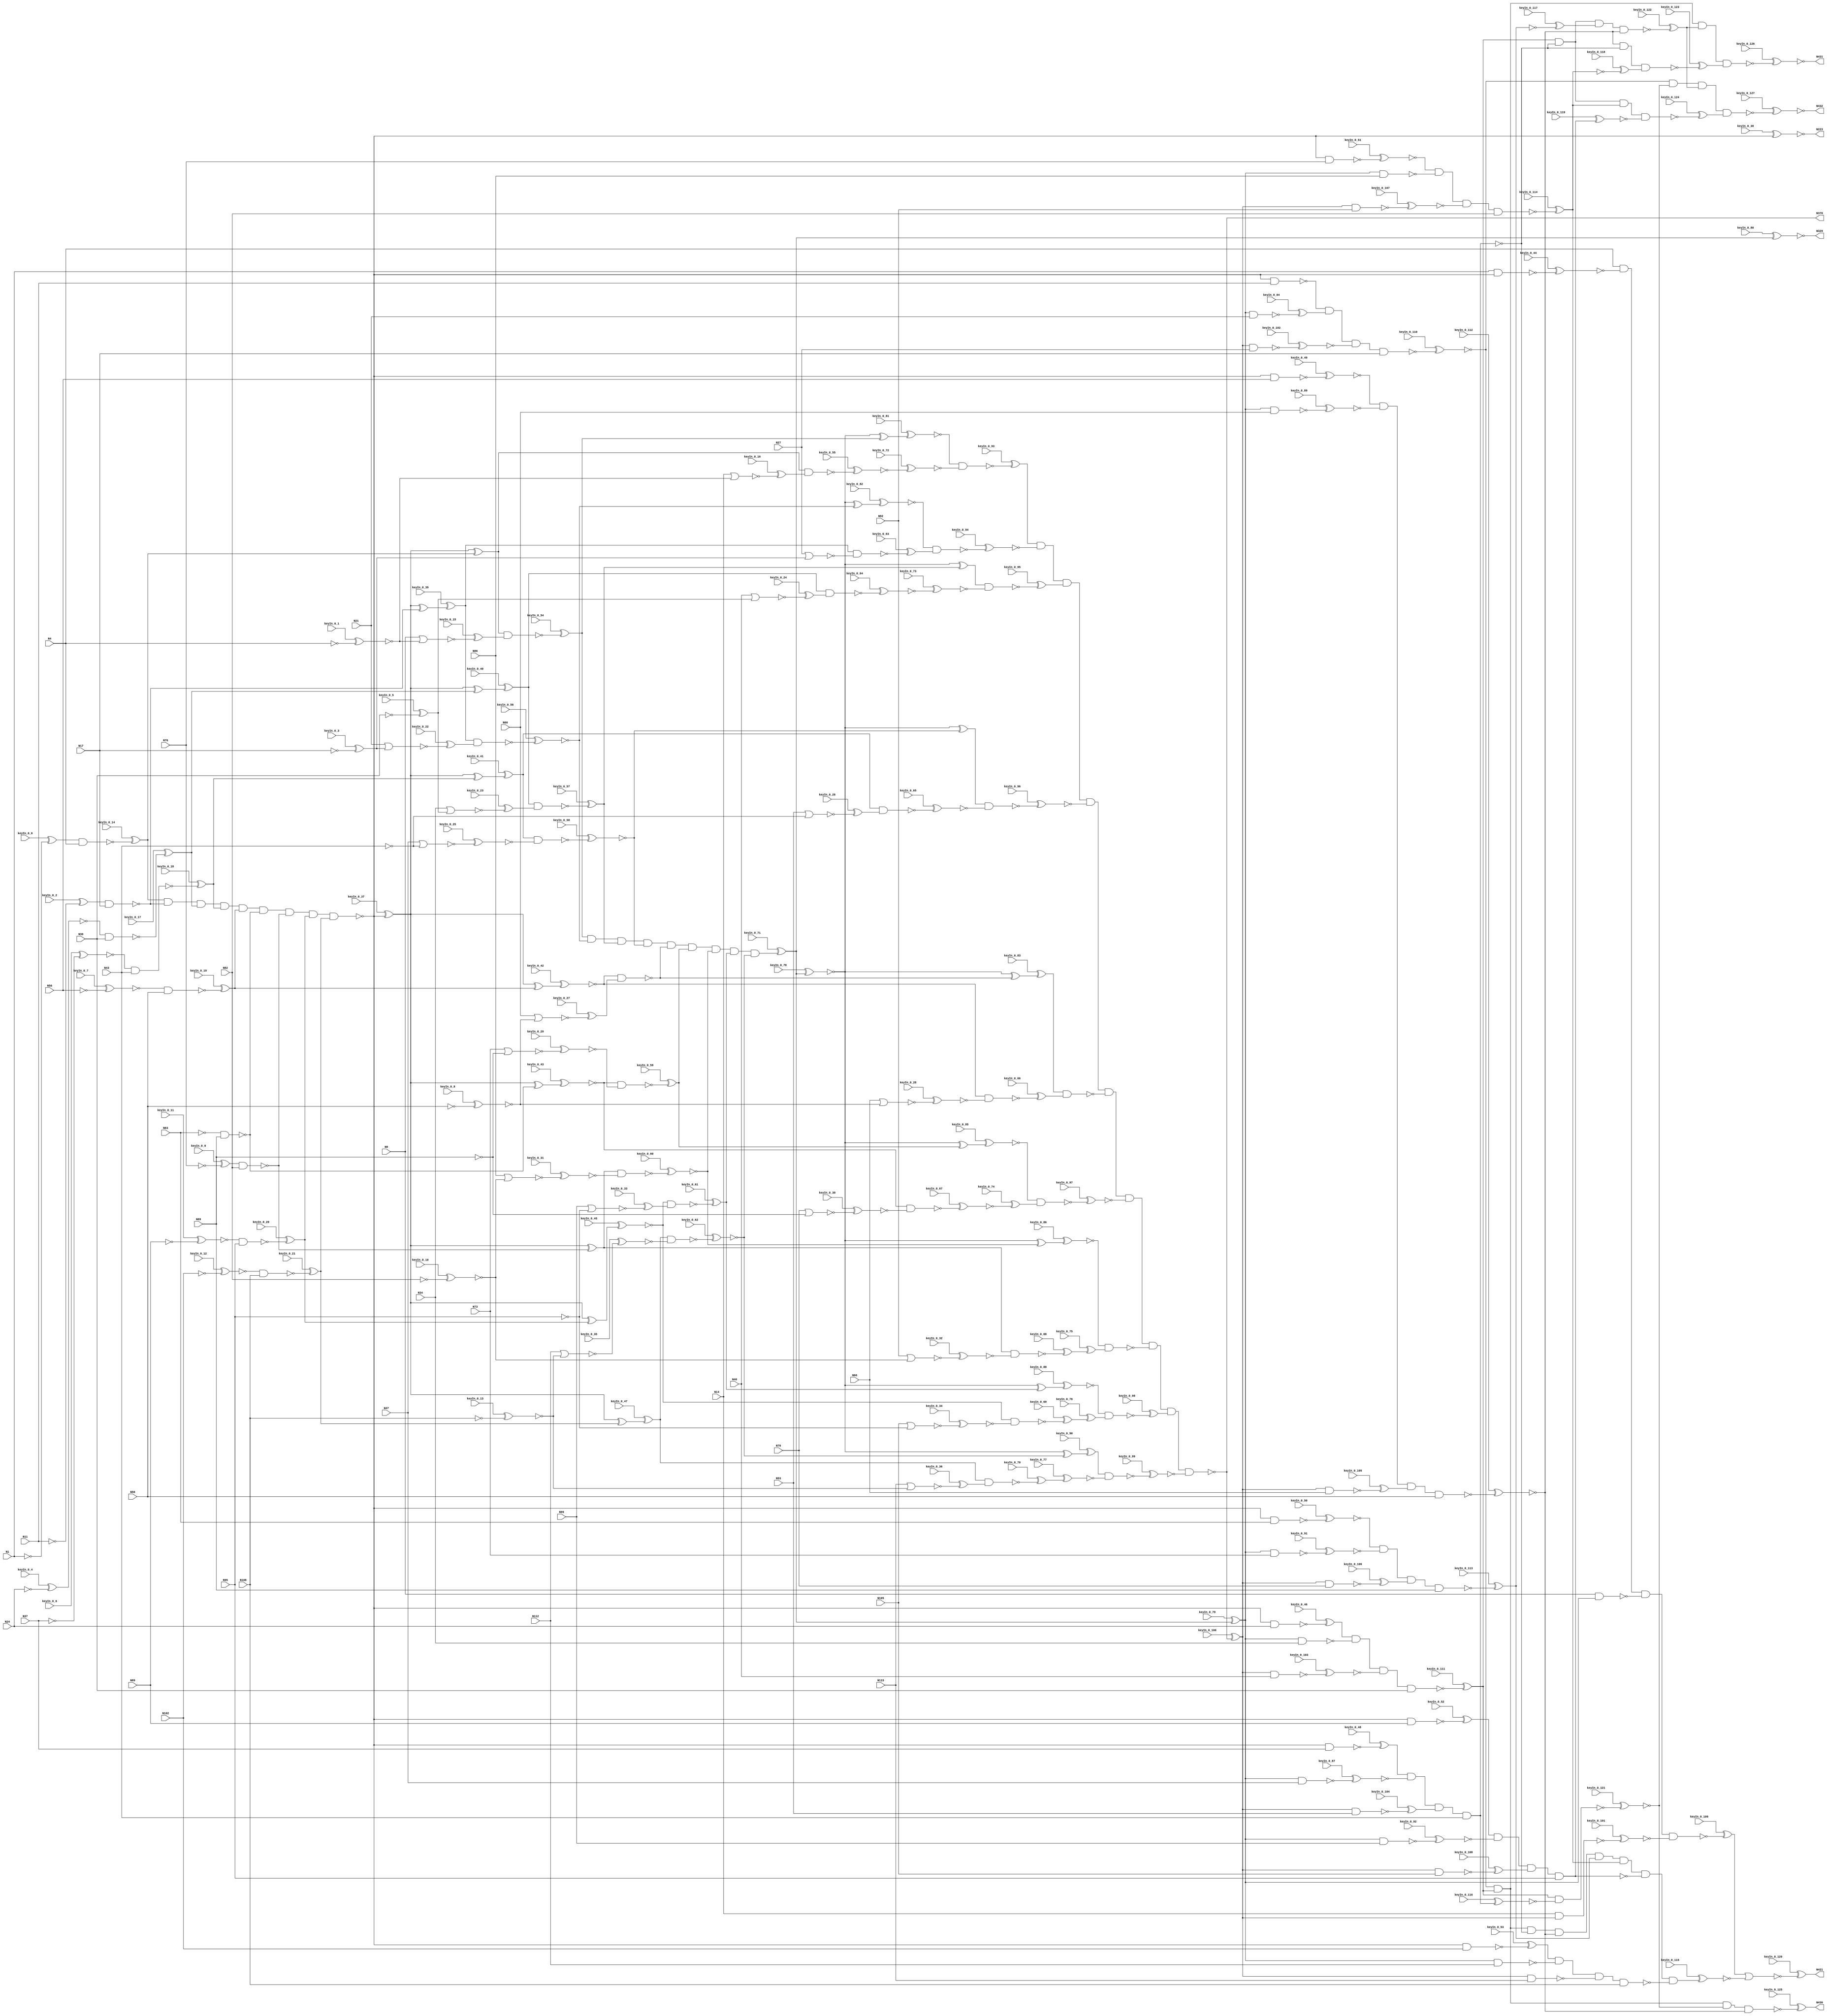
`timescale 1ns / 1ps
// Verilog
// c432
// Ninputs 36
// Noutputs 7
// NtotalGates 160
// NOT1 40
// NAND2 64
// NOR2 19
// AND9 3
// XOR2 18
// NAND4 14
// AND8 1
// NAND3 1

module top (N1,N4,N8,N11,N14,N17,N21,N24,N27,N30,
             N34,N37,N40,N43,N47,N50,N53,N56,N60,N63,
             N66,N69,N73,N76,N79,N82,N86,N89,N92,N95,
             N99,N102,N105,N108,N112,N115,N223,N329,N370,N421,
                  N430,N431,N432,
        keyIn_0_0, keyIn_0_1, keyIn_0_2, keyIn_0_3, keyIn_0_4,
        keyIn_0_5, keyIn_0_6, keyIn_0_7, keyIn_0_8, keyIn_0_9,
        keyIn_0_10, keyIn_0_11, keyIn_0_12, keyIn_0_13, keyIn_0_14,
        keyIn_0_15, keyIn_0_16, keyIn_0_17, keyIn_0_18, keyIn_0_19,
        keyIn_0_20, keyIn_0_21, keyIn_0_22, keyIn_0_23, keyIn_0_24,
        keyIn_0_25, keyIn_0_26, keyIn_0_27, keyIn_0_28, keyIn_0_29,
        keyIn_0_30, keyIn_0_31, keyIn_0_32, keyIn_0_33, keyIn_0_34,
        keyIn_0_35, keyIn_0_36, keyIn_0_37, keyIn_0_38, keyIn_0_39,
        keyIn_0_40, keyIn_0_41, keyIn_0_42, keyIn_0_43, keyIn_0_44,
        keyIn_0_45, keyIn_0_46, keyIn_0_47, keyIn_0_48, keyIn_0_49,
        keyIn_0_50, keyIn_0_51, keyIn_0_52, keyIn_0_53, keyIn_0_54,
        keyIn_0_55, keyIn_0_56, keyIn_0_57, keyIn_0_58, keyIn_0_59,
        keyIn_0_60, keyIn_0_61, keyIn_0_62, keyIn_0_63, keyIn_0_64,
        keyIn_0_65, keyIn_0_66, keyIn_0_67, keyIn_0_68, keyIn_0_69,
        keyIn_0_70, keyIn_0_71, keyIn_0_72, keyIn_0_73, keyIn_0_74,
        keyIn_0_75, keyIn_0_76, keyIn_0_77, keyIn_0_78, keyIn_0_79,
        keyIn_0_80, keyIn_0_81, keyIn_0_82, keyIn_0_83, keyIn_0_84,
        keyIn_0_85, keyIn_0_86, keyIn_0_87, keyIn_0_88, keyIn_0_89,
        keyIn_0_90, keyIn_0_91, keyIn_0_92, keyIn_0_93, keyIn_0_94,
        keyIn_0_95, keyIn_0_96, keyIn_0_97, keyIn_0_98, keyIn_0_99,
        keyIn_0_100, keyIn_0_101, keyIn_0_102, keyIn_0_103, keyIn_0_104,
        keyIn_0_105, keyIn_0_106, keyIn_0_107, keyIn_0_108, keyIn_0_109,
        keyIn_0_110, keyIn_0_111, keyIn_0_112, keyIn_0_113, keyIn_0_114,
        keyIn_0_115, keyIn_0_116, keyIn_0_117, keyIn_0_118, keyIn_0_119,
        keyIn_0_120, keyIn_0_121, keyIn_0_122, keyIn_0_123, keyIn_0_124,
        keyIn_0_125, keyIn_0_126, keyIn_0_127);

  input keyIn_0_0, keyIn_0_1, keyIn_0_2, keyIn_0_3, keyIn_0_4;
  input keyIn_0_5, keyIn_0_6, keyIn_0_7, keyIn_0_8, keyIn_0_9;
  input keyIn_0_10, keyIn_0_11, keyIn_0_12, keyIn_0_13, keyIn_0_14;
  input keyIn_0_15, keyIn_0_16, keyIn_0_17, keyIn_0_18, keyIn_0_19;
  input keyIn_0_20, keyIn_0_21, keyIn_0_22, keyIn_0_23, keyIn_0_24;
  input keyIn_0_25, keyIn_0_26, keyIn_0_27, keyIn_0_28, keyIn_0_29;
  input keyIn_0_30, keyIn_0_31, keyIn_0_32, keyIn_0_33, keyIn_0_34;
  input keyIn_0_35, keyIn_0_36, keyIn_0_37, keyIn_0_38, keyIn_0_39;
  input keyIn_0_40, keyIn_0_41, keyIn_0_42, keyIn_0_43, keyIn_0_44;
  input keyIn_0_45, keyIn_0_46, keyIn_0_47, keyIn_0_48, keyIn_0_49;
  input keyIn_0_50, keyIn_0_51, keyIn_0_52, keyIn_0_53, keyIn_0_54;
  input keyIn_0_55, keyIn_0_56, keyIn_0_57, keyIn_0_58, keyIn_0_59;
  input keyIn_0_60, keyIn_0_61, keyIn_0_62, keyIn_0_63, keyIn_0_64;
  input keyIn_0_65, keyIn_0_66, keyIn_0_67, keyIn_0_68, keyIn_0_69;
  input keyIn_0_70, keyIn_0_71, keyIn_0_72, keyIn_0_73, keyIn_0_74;
  input keyIn_0_75, keyIn_0_76, keyIn_0_77, keyIn_0_78, keyIn_0_79;
  input keyIn_0_80, keyIn_0_81, keyIn_0_82, keyIn_0_83, keyIn_0_84;
  input keyIn_0_85, keyIn_0_86, keyIn_0_87, keyIn_0_88, keyIn_0_89;
  input keyIn_0_90, keyIn_0_91, keyIn_0_92, keyIn_0_93, keyIn_0_94;
  input keyIn_0_95, keyIn_0_96, keyIn_0_97, keyIn_0_98, keyIn_0_99;
  input keyIn_0_100, keyIn_0_101, keyIn_0_102, keyIn_0_103, keyIn_0_104;
  input keyIn_0_105, keyIn_0_106, keyIn_0_107, keyIn_0_108, keyIn_0_109;
  input keyIn_0_110, keyIn_0_111, keyIn_0_112, keyIn_0_113, keyIn_0_114;
  input keyIn_0_115, keyIn_0_116, keyIn_0_117, keyIn_0_118, keyIn_0_119;
  input keyIn_0_120, keyIn_0_121, keyIn_0_122, keyIn_0_123, keyIn_0_124;
  input keyIn_0_125, keyIn_0_126, keyIn_0_127;

  wire [0:127] KeyWire_0;
  wire [0:56] KeyNOTWire_0;

input N1,N4,N8,N11,N14,N17,N21,N24,N27,N30,
      N34,N37,N40,N43,N47,N50,N53,N56,N60,N63,
      N66,N69,N73,N76,N79,N82,N86,N89,N92,N95,
      N99,N102,N105,N108,N112,N115;

output N223,N329,N370,N421,N430,N431,N432;

wire N118,N119,N122,N123,N126,N127,N130,N131,N134,N135,
     N138,N139,N142,N143,N146,N147,N150,N151,N154,N157,
     N158,N159,N162,N165,N168,N171,N174,N177,N180,N183,
     N184,N185,N186,N187,N188,N189,N190,N191,N192,N193,
     N194,N195,N196,N197,N198,N199,N203,N213,N224,N227,
     N230,N233,N236,N239,N242,N243,N246,N247,N250,N251,
     N254,N255,N256,N257,N258,N259,N260,N263,N264,N267,
     N270,N273,N276,N279,N282,N285,N288,N289,N290,N291,
     N292,N293,N294,N295,N296,N300,N301,N302,N303,N304,
     N305,N306,N307,N308,N309,N319,N330,N331,N332,N333,
     N334,N335,N336,N337,N338,N339,N340,N341,N342,N343,
     N344,N345,N346,N347,N348,N349,N350,N351,N352,N353,
     N354,N355,N356,N357,N360,N371,N372,N373,N374,N375,
     N376,N377,N378,N379,N380,N381,N386,N393,N399,N404,
     N407,N411,N414,N415,N416,N417,N418,N419,N420,N422,
     N425,N428,N429;

  not NOT1_1 (KeyWire_0[0], N1);
  xor KeyGate_0_0(N118, keyIn_0_0, KeyWire_0[0]);
  not NOT1_2 (KeyWire_0[1], N4);
  xnor KeyGate_0_1(N119, keyIn_0_1, KeyWire_0[1]);
  not NOT1_3 (KeyWire_0[2], N11);
  xor KeyGate_0_2(N122, keyIn_0_2, KeyWire_0[2]);
  not NOT1_4 (KeyWire_0[3], N17);
  xor KeyGate_0_3(N123, keyIn_0_3, KeyWire_0[3]);
  not NOT1_5 (KeyWire_0[4], N24);
  xor KeyGate_0_4(KeyNOTWire_0[0], keyIn_0_4, KeyWire_0[4]);
  not KeyNOTGate_0_0(N126, KeyNOTWire_0[0]);
  not NOT1_6 (KeyWire_0[5], N30);
  xnor KeyGate_0_5(KeyNOTWire_0[1], keyIn_0_5, KeyWire_0[5]);
  not KeyNOTGate_0_1(N127, KeyNOTWire_0[1]);
  not NOT1_7 (KeyWire_0[6], N37);
  xnor KeyGate_0_6(N130, keyIn_0_6, KeyWire_0[6]);
not NOT1_8 (N131, N43);
  not NOT1_9 (KeyWire_0[7], N50);
  xor KeyGate_0_7(KeyNOTWire_0[2], keyIn_0_7, KeyWire_0[7]);
  not KeyNOTGate_0_2(N134, KeyNOTWire_0[2]);
  not NOT1_10 (KeyWire_0[8], N56);
  xor KeyGate_0_8(KeyNOTWire_0[3], keyIn_0_8, KeyWire_0[8]);
  not KeyNOTGate_0_3(N135, KeyNOTWire_0[3]);
not NOT1_11 (N138, N63);
not NOT1_12 (N139, N69);
  not NOT1_13 (KeyWire_0[9], N76);
  xnor KeyGate_0_9(KeyNOTWire_0[4], keyIn_0_9, KeyWire_0[9]);
  not KeyNOTGate_0_4(N142, KeyNOTWire_0[4]);
  not NOT1_14 (KeyWire_0[10], N82);
  xnor KeyGate_0_10(N143, keyIn_0_10, KeyWire_0[10]);
  not NOT1_15 (KeyWire_0[11], N89);
  xnor KeyGate_0_11(N146, keyIn_0_11, KeyWire_0[11]);
not NOT1_16 (N147, N95);
  not NOT1_17 (KeyWire_0[12], N102);
  xor KeyGate_0_12(KeyNOTWire_0[5], keyIn_0_12, KeyWire_0[12]);
  not KeyNOTGate_0_5(N150, KeyNOTWire_0[5]);
  not NOT1_18 (KeyWire_0[13], N108);
  xnor KeyGate_0_13(N151, keyIn_0_13, KeyWire_0[13]);
  nand NAND2_19 (KeyWire_0[14], N118, N4);
  xnor KeyGate_0_14(KeyNOTWire_0[6], keyIn_0_14, KeyWire_0[14]);
  not KeyNOTGate_0_6(N154, KeyNOTWire_0[6]);
  nor NOR2_20 (KeyWire_0[15], N8, N119);
  xor KeyGate_0_15(N157, keyIn_0_15, KeyWire_0[15]);
  nor NOR2_21 (KeyWire_0[16], N14, N119);
  xor KeyGate_0_16(N158, keyIn_0_16, KeyWire_0[16]);
nand NAND2_22 (N159, N122, N17);
  nand NAND2_23 (KeyWire_0[17], N126, N30);
  xor KeyGate_0_17(N162, keyIn_0_17, KeyWire_0[17]);
  nand NAND2_24 (KeyWire_0[18], N130, N43);
  xor KeyGate_0_18(N165, keyIn_0_18, KeyWire_0[18]);
  nand NAND2_25 (KeyWire_0[19], N134, N56);
  xor KeyGate_0_19(N168, keyIn_0_19, KeyWire_0[19]);
nand NAND2_26 (N171, N138, N69);
nand NAND2_27 (N174, N142, N82);
  nand NAND2_28 (KeyWire_0[20], N146, N95);
  xnor KeyGate_0_20(KeyNOTWire_0[7], keyIn_0_20, KeyWire_0[20]);
  not KeyNOTGate_0_7(N177, KeyNOTWire_0[7]);
  nand NAND2_29 (KeyWire_0[21], N150, N108);
  xnor KeyGate_0_21(KeyNOTWire_0[8], keyIn_0_21, KeyWire_0[21]);
  not KeyNOTGate_0_8(N180, KeyNOTWire_0[8]);
  nor NOR2_30 (KeyWire_0[22], N21, N123);
  xor KeyGate_0_22(N183, keyIn_0_22, KeyWire_0[22]);
nor NOR2_31 (N184, N27, N123);
  nor NOR2_32 (KeyWire_0[23], N34, N127);
  xnor KeyGate_0_23(KeyNOTWire_0[9], keyIn_0_23, KeyWire_0[23]);
  not KeyNOTGate_0_9(N185, KeyNOTWire_0[9]);
  nor NOR2_33 (KeyWire_0[24], N40, N127);
  xor KeyGate_0_24(N186, keyIn_0_24, KeyWire_0[24]);
  nor NOR2_34 (KeyWire_0[25], N47, N131);
  xor KeyGate_0_25(KeyNOTWire_0[10], keyIn_0_25, KeyWire_0[25]);
  not KeyNOTGate_0_10(N187, KeyNOTWire_0[10]);
  nor NOR2_35 (KeyWire_0[26], N53, N131);
  xnor KeyGate_0_26(KeyNOTWire_0[11], keyIn_0_26, KeyWire_0[26]);
  not KeyNOTGate_0_11(N188, KeyNOTWire_0[11]);
  nor NOR2_36 (KeyWire_0[27], N60, N135);
  xnor KeyGate_0_27(KeyNOTWire_0[12], keyIn_0_27, KeyWire_0[27]);
  not KeyNOTGate_0_12(N189, KeyNOTWire_0[12]);
  nor NOR2_37 (KeyWire_0[28], N66, N135);
  xnor KeyGate_0_28(N190, keyIn_0_28, KeyWire_0[28]);
  nor NOR2_38 (KeyWire_0[29], N73, N139);
  xor KeyGate_0_29(KeyNOTWire_0[13], keyIn_0_29, KeyWire_0[29]);
  not KeyNOTGate_0_13(N191, KeyNOTWire_0[13]);
  nor NOR2_39 (KeyWire_0[30], N79, N139);
  xnor KeyGate_0_30(N192, keyIn_0_30, KeyWire_0[30]);
  nor NOR2_40 (KeyWire_0[31], N86, N143);
  xor KeyGate_0_31(KeyNOTWire_0[14], keyIn_0_31, KeyWire_0[31]);
  not KeyNOTGate_0_14(N193, KeyNOTWire_0[14]);
  nor NOR2_41 (KeyWire_0[32], N92, N143);
  xnor KeyGate_0_32(N194, keyIn_0_32, KeyWire_0[32]);
  nor NOR2_42 (KeyWire_0[33], N99, N147);
  xor KeyGate_0_33(N195, keyIn_0_33, KeyWire_0[33]);
  nor NOR2_43 (KeyWire_0[34], N105, N147);
  xnor KeyGate_0_34(N196, keyIn_0_34, KeyWire_0[34]);
  nor NOR2_44 (KeyWire_0[35], N112, N151);
  xor KeyGate_0_35(KeyNOTWire_0[15], keyIn_0_35, KeyWire_0[35]);
  not KeyNOTGate_0_15(N197, KeyNOTWire_0[15]);
  nor NOR2_45 (KeyWire_0[36], N115, N151);
  xor KeyGate_0_36(N198, keyIn_0_36, KeyWire_0[36]);
and AND9_46 (N199, N154, N159, N162, N165, N168, N171, N174, N177, N180);
  not NOT1_47 (KeyWire_0[37], N199);
  xnor KeyGate_0_37(KeyNOTWire_0[16], keyIn_0_37, KeyWire_0[37]);
  not KeyNOTGate_0_16(N203, KeyNOTWire_0[16]);
not NOT1_48 (N213, N199);
  not NOT1_49 (KeyWire_0[38], N199);
  xnor KeyGate_0_38(N223, keyIn_0_38, KeyWire_0[38]);
xor XOR2_50 (N224, N203, N154);
  xor XOR2_51 (KeyWire_0[39], N203, N159);
  xor KeyGate_0_39(N227, keyIn_0_39, KeyWire_0[39]);
  xor XOR2_52 (KeyWire_0[40], N203, N162);
  xnor KeyGate_0_40(KeyNOTWire_0[17], keyIn_0_40, KeyWire_0[40]);
  not KeyNOTGate_0_17(N230, KeyNOTWire_0[17]);
  xor XOR2_53 (KeyWire_0[41], N203, N165);
  xnor KeyGate_0_41(KeyNOTWire_0[18], keyIn_0_41, KeyWire_0[41]);
  not KeyNOTGate_0_18(N233, KeyNOTWire_0[18]);
  xor XOR2_54 (KeyWire_0[42], N203, N168);
  xor KeyGate_0_42(KeyNOTWire_0[19], keyIn_0_42, KeyWire_0[42]);
  not KeyNOTGate_0_19(N236, KeyNOTWire_0[19]);
  xor XOR2_55 (KeyWire_0[43], N203, N171);
  xnor KeyGate_0_43(N239, keyIn_0_43, KeyWire_0[43]);
  nand NAND2_56 (KeyWire_0[44], N1, N213);
  xor KeyGate_0_44(KeyNOTWire_0[20], keyIn_0_44, KeyWire_0[44]);
  not KeyNOTGate_0_20(N242, KeyNOTWire_0[20]);
xor XOR2_57 (N243, N203, N174);
nand NAND2_58 (N246, N213, N11);
  xor XOR2_59 (KeyWire_0[45], N203, N177);
  xnor KeyGate_0_45(N247, keyIn_0_45, KeyWire_0[45]);
  nand NAND2_60 (KeyWire_0[46], N213, N24);
  xnor KeyGate_0_46(KeyNOTWire_0[21], keyIn_0_46, KeyWire_0[46]);
  not KeyNOTGate_0_21(N250, KeyNOTWire_0[21]);
  xor XOR2_61 (KeyWire_0[47], N203, N180);
  xor KeyGate_0_47(N251, keyIn_0_47, KeyWire_0[47]);
  nand NAND2_62 (KeyWire_0[48], N213, N37);
  xnor KeyGate_0_48(KeyNOTWire_0[22], keyIn_0_48, KeyWire_0[48]);
  not KeyNOTGate_0_22(N254, KeyNOTWire_0[22]);
  nand NAND2_63 (KeyWire_0[49], N213, N50);
  xor KeyGate_0_49(KeyNOTWire_0[23], keyIn_0_49, KeyWire_0[49]);
  not KeyNOTGate_0_23(N255, KeyNOTWire_0[23]);
  nand NAND2_64 (KeyWire_0[50], N213, N63);
  xnor KeyGate_0_50(N256, keyIn_0_50, KeyWire_0[50]);
  nand NAND2_65 (KeyWire_0[51], N213, N76);
  xnor KeyGate_0_51(N257, keyIn_0_51, KeyWire_0[51]);
  nand NAND2_66 (KeyWire_0[52], N213, N89);
  xor KeyGate_0_52(N258, keyIn_0_52, KeyWire_0[52]);
  nand NAND2_67 (KeyWire_0[53], N213, N102);
  xor KeyGate_0_53(N259, keyIn_0_53, KeyWire_0[53]);
  nand NAND2_68 (KeyWire_0[54], N224, N157);
  xnor KeyGate_0_54(KeyNOTWire_0[24], keyIn_0_54, KeyWire_0[54]);
  not KeyNOTGate_0_24(N260, KeyNOTWire_0[24]);
  nand NAND2_69 (KeyWire_0[55], N224, N158);
  xnor KeyGate_0_55(KeyNOTWire_0[25], keyIn_0_55, KeyWire_0[55]);
  not KeyNOTGate_0_25(N263, KeyNOTWire_0[25]);
  nand NAND2_70 (KeyWire_0[56], N227, N183);
  xnor KeyGate_0_56(N264, keyIn_0_56, KeyWire_0[56]);
  nand NAND2_71 (KeyWire_0[57], N230, N185);
  xor KeyGate_0_57(N267, keyIn_0_57, KeyWire_0[57]);
  nand NAND2_72 (KeyWire_0[58], N233, N187);
  xor KeyGate_0_58(KeyNOTWire_0[26], keyIn_0_58, KeyWire_0[58]);
  not KeyNOTGate_0_26(N270, KeyNOTWire_0[26]);
nand NAND2_73 (N273, N236, N189);
  nand NAND2_74 (KeyWire_0[59], N239, N191);
  xor KeyGate_0_59(N276, keyIn_0_59, KeyWire_0[59]);
  nand NAND2_75 (KeyWire_0[60], N243, N193);
  xor KeyGate_0_60(KeyNOTWire_0[27], keyIn_0_60, KeyWire_0[60]);
  not KeyNOTGate_0_27(N279, KeyNOTWire_0[27]);
  nand NAND2_76 (KeyWire_0[61], N247, N195);
  xor KeyGate_0_61(N282, keyIn_0_61, KeyWire_0[61]);
  nand NAND2_77 (KeyWire_0[62], N251, N197);
  xnor KeyGate_0_62(N285, keyIn_0_62, KeyWire_0[62]);
  nand NAND2_78 (KeyWire_0[63], N227, N184);
  xor KeyGate_0_63(KeyNOTWire_0[28], keyIn_0_63, KeyWire_0[63]);
  not KeyNOTGate_0_28(N288, KeyNOTWire_0[28]);
  nand NAND2_79 (KeyWire_0[64], N230, N186);
  xnor KeyGate_0_64(KeyNOTWire_0[29], keyIn_0_64, KeyWire_0[64]);
  not KeyNOTGate_0_29(N289, KeyNOTWire_0[29]);
  nand NAND2_80 (KeyWire_0[65], N233, N188);
  xor KeyGate_0_65(N290, keyIn_0_65, KeyWire_0[65]);
  nand NAND2_81 (KeyWire_0[66], N236, N190);
  xor KeyGate_0_66(KeyNOTWire_0[30], keyIn_0_66, KeyWire_0[66]);
  not KeyNOTGate_0_30(N291, KeyNOTWire_0[30]);
  nand NAND2_82 (KeyWire_0[67], N239, N192);
  xor KeyGate_0_67(N292, keyIn_0_67, KeyWire_0[67]);
  nand NAND2_83 (KeyWire_0[68], N243, N194);
  xor KeyGate_0_68(KeyNOTWire_0[31], keyIn_0_68, KeyWire_0[68]);
  not KeyNOTGate_0_31(N293, KeyNOTWire_0[31]);
  nand NAND2_84 (KeyWire_0[69], N247, N196);
  xnor KeyGate_0_69(N294, keyIn_0_69, KeyWire_0[69]);
  nand NAND2_85 (KeyWire_0[70], N251, N198);
  xor KeyGate_0_70(KeyNOTWire_0[32], keyIn_0_70, KeyWire_0[70]);
  not KeyNOTGate_0_32(N295, KeyNOTWire_0[32]);
  and AND9_86 (KeyWire_0[71], N260, N264, N267, N270, N273, N276, N279, N282, N285);
  xnor KeyGate_0_71(N296, keyIn_0_71, KeyWire_0[71]);
  not NOT1_87 (KeyWire_0[72], N263);
  xor KeyGate_0_72(KeyNOTWire_0[33], keyIn_0_72, KeyWire_0[72]);
  not KeyNOTGate_0_33(N300, KeyNOTWire_0[33]);
not NOT1_88 (N301, N288);
  not NOT1_89 (KeyWire_0[73], N289);
  xnor KeyGate_0_73(N302, keyIn_0_73, KeyWire_0[73]);
not NOT1_90 (N303, N290);
not NOT1_91 (N304, N291);
  not NOT1_92 (KeyWire_0[74], N292);
  xor KeyGate_0_74(N305, keyIn_0_74, KeyWire_0[74]);
  not NOT1_93 (KeyWire_0[75], N293);
  xor KeyGate_0_75(N306, keyIn_0_75, KeyWire_0[75]);
  not NOT1_94 (KeyWire_0[76], N294);
  xnor KeyGate_0_76(KeyNOTWire_0[34], keyIn_0_76, KeyWire_0[76]);
  not KeyNOTGate_0_34(N307, KeyNOTWire_0[34]);
  not NOT1_95 (KeyWire_0[77], N295);
  xnor KeyGate_0_77(N308, keyIn_0_77, KeyWire_0[77]);
  not NOT1_96 (KeyWire_0[78], N296);
  xor KeyGate_0_78(KeyNOTWire_0[35], keyIn_0_78, KeyWire_0[78]);
  not KeyNOTGate_0_35(N309, KeyNOTWire_0[35]);
  not NOT1_97 (KeyWire_0[79], N296);
  xnor KeyGate_0_79(KeyNOTWire_0[36], keyIn_0_79, KeyWire_0[79]);
  not KeyNOTGate_0_36(N319, KeyNOTWire_0[36]);
  not NOT1_98 (KeyWire_0[80], N296);
  xnor KeyGate_0_80(N329, keyIn_0_80, KeyWire_0[80]);
  xor XOR2_99 (KeyWire_0[81], N309, N260);
  xor KeyGate_0_81(KeyNOTWire_0[37], keyIn_0_81, KeyWire_0[81]);
  not KeyNOTGate_0_37(N330, KeyNOTWire_0[37]);
  xor XOR2_100 (KeyWire_0[82], N309, N264);
  xor KeyGate_0_82(KeyNOTWire_0[38], keyIn_0_82, KeyWire_0[82]);
  not KeyNOTGate_0_38(N331, KeyNOTWire_0[38]);
xor XOR2_101 (N332, N309, N267);
xor XOR2_102 (N333, N309, N270);
nand NAND2_103 (N334, N8, N319);
  xor XOR2_104 (KeyWire_0[83], N309, N273);
  xor KeyGate_0_83(N335, keyIn_0_83, KeyWire_0[83]);
  nand NAND2_105 (KeyWire_0[84], N319, N21);
  xnor KeyGate_0_84(KeyNOTWire_0[39], keyIn_0_84, KeyWire_0[84]);
  not KeyNOTGate_0_39(N336, KeyNOTWire_0[39]);
  xor XOR2_106 (KeyWire_0[85], N309, N276);
  xor KeyGate_0_85(KeyNOTWire_0[40], keyIn_0_85, KeyWire_0[85]);
  not KeyNOTGate_0_40(N337, KeyNOTWire_0[40]);
nand NAND2_107 (N338, N319, N34);
  xor XOR2_108 (KeyWire_0[86], N309, N279);
  xnor KeyGate_0_86(N339, keyIn_0_86, KeyWire_0[86]);
  nand NAND2_109 (KeyWire_0[87], N319, N47);
  xor KeyGate_0_87(KeyNOTWire_0[41], keyIn_0_87, KeyWire_0[87]);
  not KeyNOTGate_0_41(N340, KeyNOTWire_0[41]);
  xor XOR2_110 (KeyWire_0[88], N309, N282);
  xnor KeyGate_0_88(N341, keyIn_0_88, KeyWire_0[88]);
  nand NAND2_111 (KeyWire_0[89], N319, N60);
  xnor KeyGate_0_89(N342, keyIn_0_89, KeyWire_0[89]);
  xor XOR2_112 (KeyWire_0[90], N309, N285);
  xor KeyGate_0_90(N343, keyIn_0_90, KeyWire_0[90]);
  nand NAND2_113 (KeyWire_0[91], N319, N73);
  xnor KeyGate_0_91(N344, keyIn_0_91, KeyWire_0[91]);
nand NAND2_114 (N345, N319, N86);
  nand NAND2_115 (KeyWire_0[92], N319, N99);
  xor KeyGate_0_92(KeyNOTWire_0[42], keyIn_0_92, KeyWire_0[92]);
  not KeyNOTGate_0_42(N346, KeyNOTWire_0[42]);
nand NAND2_116 (N347, N319, N112);
  nand NAND2_117 (KeyWire_0[93], N330, N300);
  xor KeyGate_0_93(N348, keyIn_0_93, KeyWire_0[93]);
  nand NAND2_118 (KeyWire_0[94], N331, N301);
  xor KeyGate_0_94(KeyNOTWire_0[43], keyIn_0_94, KeyWire_0[94]);
  not KeyNOTGate_0_43(N349, KeyNOTWire_0[43]);
  nand NAND2_119 (KeyWire_0[95], N332, N302);
  xor KeyGate_0_95(N350, keyIn_0_95, KeyWire_0[95]);
  nand NAND2_120 (KeyWire_0[96], N333, N303);
  xnor KeyGate_0_96(N351, keyIn_0_96, KeyWire_0[96]);
nand NAND2_121 (N352, N335, N304);
  nand NAND2_122 (KeyWire_0[97], N337, N305);
  xnor KeyGate_0_97(N353, keyIn_0_97, KeyWire_0[97]);
nand NAND2_123 (N354, N339, N306);
  nand NAND2_124 (KeyWire_0[98], N341, N307);
  xor KeyGate_0_98(N355, keyIn_0_98, KeyWire_0[98]);
  nand NAND2_125 (KeyWire_0[99], N343, N308);
  xnor KeyGate_0_99(N356, keyIn_0_99, KeyWire_0[99]);
and AND9_126 (N357, N348, N349, N350, N351, N352, N353, N354, N355, N356);
  not NOT1_127 (KeyWire_0[100], N357);
  xnor KeyGate_0_100(KeyNOTWire_0[44], keyIn_0_100, KeyWire_0[100]);
  not KeyNOTGate_0_44(N360, KeyNOTWire_0[44]);
not NOT1_128 (N370, N357);
  nand NAND2_129 (KeyWire_0[101], N14, N360);
  xor KeyGate_0_101(KeyNOTWire_0[45], keyIn_0_101, KeyWire_0[101]);
  not KeyNOTGate_0_45(N371, KeyNOTWire_0[45]);
  nand NAND2_130 (KeyWire_0[102], N360, N27);
  xnor KeyGate_0_102(N372, keyIn_0_102, KeyWire_0[102]);
  nand NAND2_131 (KeyWire_0[103], N360, N40);
  xnor KeyGate_0_103(N373, keyIn_0_103, KeyWire_0[103]);
  nand NAND2_132 (KeyWire_0[104], N360, N53);
  xor KeyGate_0_104(N374, keyIn_0_104, KeyWire_0[104]);
  nand NAND2_133 (KeyWire_0[105], N360, N66);
  xnor KeyGate_0_105(KeyNOTWire_0[46], keyIn_0_105, KeyWire_0[105]);
  not KeyNOTGate_0_46(N375, KeyNOTWire_0[46]);
  nand NAND2_134 (KeyWire_0[106], N360, N79);
  xor KeyGate_0_106(N376, keyIn_0_106, KeyWire_0[106]);
  nand NAND2_135 (KeyWire_0[107], N360, N92);
  xnor KeyGate_0_107(N377, keyIn_0_107, KeyWire_0[107]);
  nand NAND2_136 (KeyWire_0[108], N360, N105);
  xor KeyGate_0_108(N378, keyIn_0_108, KeyWire_0[108]);
nand NAND2_137 (N379, N360, N115);
  nand NAND4_138 (KeyWire_0[109], N4, N242, N334, N371);
  xor KeyGate_0_109(KeyNOTWire_0[47], keyIn_0_109, KeyWire_0[109]);
  not KeyNOTGate_0_47(N380, KeyNOTWire_0[47]);
  nand NAND4_139 (KeyWire_0[110], N246, N336, N372, N17);
  xnor KeyGate_0_110(N381, keyIn_0_110, KeyWire_0[110]);
  nand NAND4_140 (KeyWire_0[111], N250, N338, N373, N30);
  xnor KeyGate_0_111(KeyNOTWire_0[48], keyIn_0_111, KeyWire_0[111]);
  not KeyNOTGate_0_48(N386, KeyNOTWire_0[48]);
nand NAND4_141 (N393, N254, N340, N374, N43);
  nand NAND4_142 (KeyWire_0[112], N255, N342, N375, N56);
  xnor KeyGate_0_112(N399, keyIn_0_112, KeyWire_0[112]);
  nand NAND4_143 (KeyWire_0[113], N256, N344, N376, N69);
  xnor KeyGate_0_113(KeyNOTWire_0[49], keyIn_0_113, KeyWire_0[113]);
  not KeyNOTGate_0_49(N404, KeyNOTWire_0[49]);
  nand NAND4_144 (KeyWire_0[114], N257, N345, N377, N82);
  xor KeyGate_0_114(N407, keyIn_0_114, KeyWire_0[114]);
nand NAND4_145 (N411, N258, N346, N378, N95);
nand NAND4_146 (N414, N259, N347, N379, N108);
not NOT1_147 (N415, N380);
  and AND8_148 (KeyWire_0[115], N381, N386, N393, N399, N404, N407, N411, N414);
  xor KeyGate_0_115(KeyNOTWire_0[50], keyIn_0_115, KeyWire_0[115]);
  not KeyNOTGate_0_50(N416, KeyNOTWire_0[50]);
  not NOT1_149 (KeyWire_0[116], N393);
  xor KeyGate_0_116(KeyNOTWire_0[51], keyIn_0_116, KeyWire_0[116]);
  not KeyNOTGate_0_51(N417, KeyNOTWire_0[51]);
  not NOT1_150 (KeyWire_0[117], N404);
  xor KeyGate_0_117(N418, keyIn_0_117, KeyWire_0[117]);
  not NOT1_151 (KeyWire_0[118], N407);
  xnor KeyGate_0_118(KeyNOTWire_0[52], keyIn_0_118, KeyWire_0[118]);
  not KeyNOTGate_0_52(N419, KeyNOTWire_0[52]);
  not NOT1_152 (KeyWire_0[119], N411);
  xor KeyGate_0_119(KeyNOTWire_0[53], keyIn_0_119, KeyWire_0[119]);
  not KeyNOTGate_0_53(N420, KeyNOTWire_0[53]);
  nor NOR2_153 (KeyWire_0[120], N415, N416);
  xnor KeyGate_0_120(KeyNOTWire_0[54], keyIn_0_120, KeyWire_0[120]);
  not KeyNOTGate_0_54(N421, KeyNOTWire_0[54]);
  nand NAND2_154 (KeyWire_0[121], N386, N417);
  xor KeyGate_0_121(KeyNOTWire_0[55], keyIn_0_121, KeyWire_0[121]);
  not KeyNOTGate_0_55(N422, KeyNOTWire_0[55]);
  nand NAND4_155 (KeyWire_0[122], N386, N393, N418, N399);
  xnor KeyGate_0_122(KeyNOTWire_0[56], keyIn_0_122, KeyWire_0[122]);
  not KeyNOTGate_0_56(N425, KeyNOTWire_0[56]);
  nand NAND3_156 (KeyWire_0[123], N399, N393, N419);
  xor KeyGate_0_123(N428, keyIn_0_123, KeyWire_0[123]);
  nand NAND4_157 (KeyWire_0[124], N386, N393, N407, N420);
  xor KeyGate_0_124(N429, keyIn_0_124, KeyWire_0[124]);
  nand NAND4_158 (KeyWire_0[125], N381, N386, N422, N399);
  xor KeyGate_0_125(N430, keyIn_0_125, KeyWire_0[125]);
  nand NAND4_159 (KeyWire_0[126], N381, N386, N425, N428);
  xnor KeyGate_0_126(N431, keyIn_0_126, KeyWire_0[126]);
  nand NAND4_160 (KeyWire_0[127], N381, N422, N425, N429);
  xnor KeyGate_0_127(N432, keyIn_0_127, KeyWire_0[127]);

endmodule